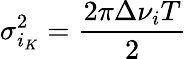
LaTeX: \sigma_{i_{K}}^{2}=\frac{2\pi\Delta\nu_{i}T}{2}